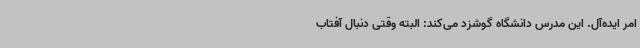
امر ایده‌آل. این مدرس دانشگاه گوشزد می‌کند: البته وقتی دنبال آفتاب